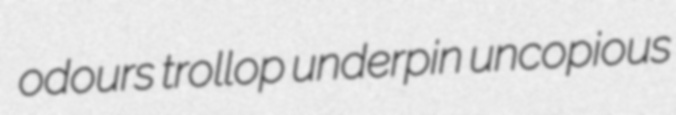
odours trollop underpin uncopious